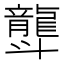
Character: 𪚛